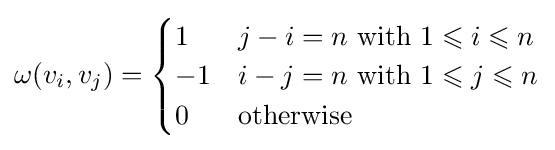
\omega (v_{i},v_{j})={\begin{cases}1&j-i=n{\text{ with }}1\leqslant i\leqslant n\\-1&i-j=n{\text{ with }}1\leqslant j\leqslant n\\0&{\text{otherwise}}\end{cases}}